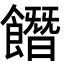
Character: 䭙